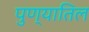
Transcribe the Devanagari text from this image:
पुण्यातिल